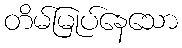
တိမ်မြုပ်နေသော